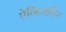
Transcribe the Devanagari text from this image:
ऐलिज़रिन